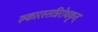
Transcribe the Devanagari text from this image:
रुकारस्तन्निरोधकृत्